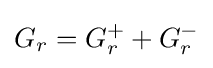
G_{r}=G_{r}^{+}+G_{r}^{-}